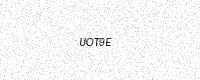
Text: UOT9E